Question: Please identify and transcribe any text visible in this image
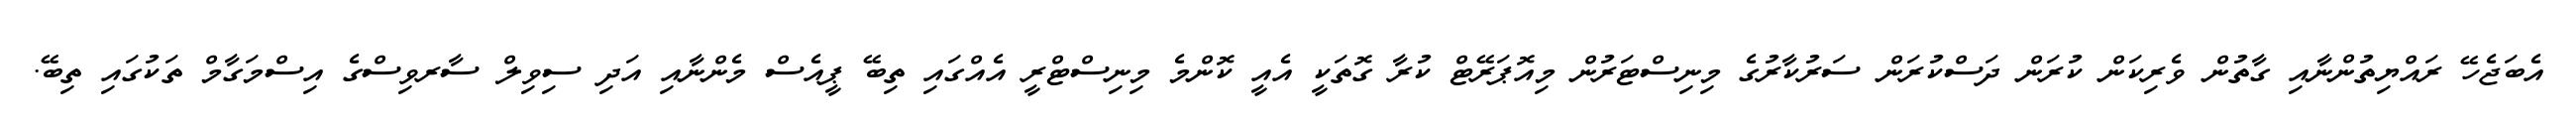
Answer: އެބަޖެހޭ ރައްޔިތުންނާއި ގާތުން ވެރިކަން ކުރަން ދަސްކުރަން ސަރުކާރުގެ މިނިސްޓަރުން މިއޮޕަރޭޓް ކުރާ ގޮތަކީ އެއީ ކޮންމެ މިނިސްޓްރީ އެއްގައި ތިބޭ ޕީއެސް މެންނާއި އަދި ސިވިލް ސާރވިސްގެ އިސްމަގާމް ތަކުގައި ތިބޭ.